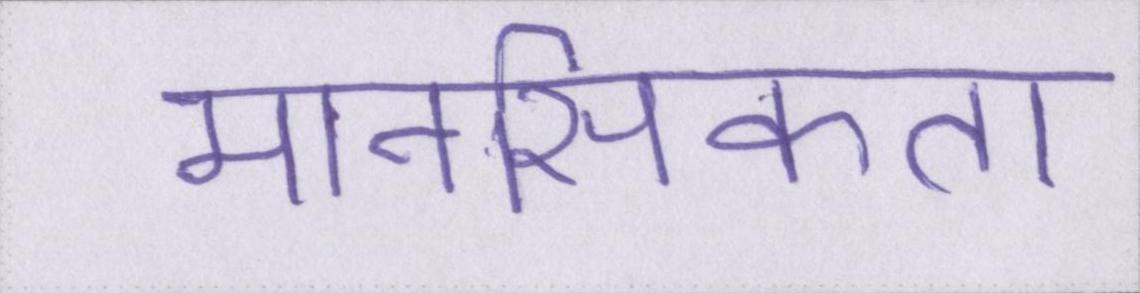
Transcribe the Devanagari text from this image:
मानसिकता